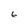
Character: 6